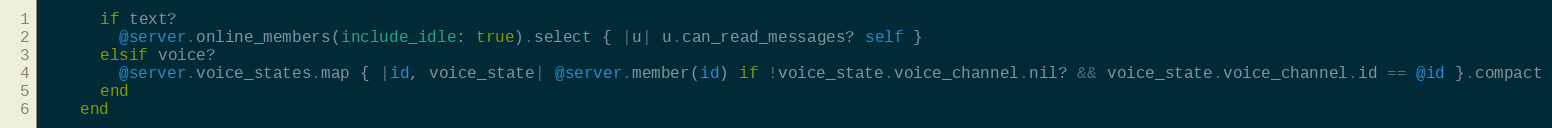
Language: Ruby
      if text?
        @server.online_members(include_idle: true).select { |u| u.can_read_messages? self }
      elsif voice?
        @server.voice_states.map { |id, voice_state| @server.member(id) if !voice_state.voice_channel.nil? && voice_state.voice_channel.id == @id }.compact
      end
    end